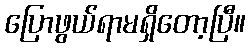
ပြောဖွယ်ရာမရှိတော့ပြီ။